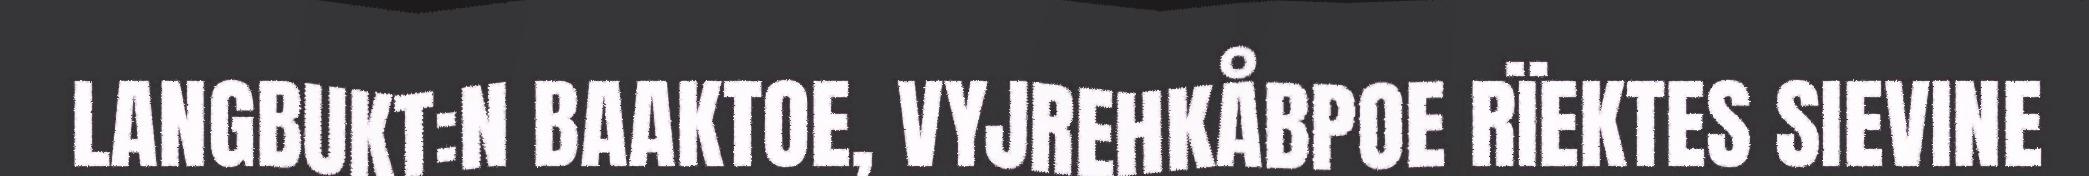
LANGBUKT:N BAAKTOE, VYJREHKÅBPOE RÏEKTES SIEVINE